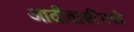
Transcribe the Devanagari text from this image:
आदीवासींमध्ये